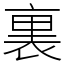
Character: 裏